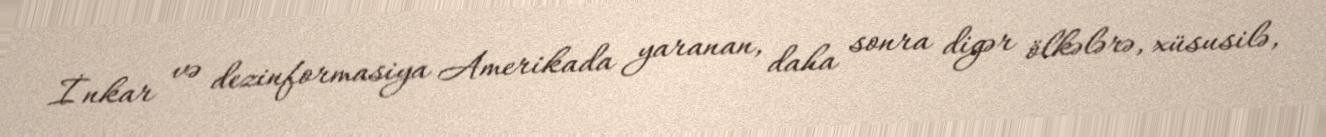
İnkar və dezinformasiya Amerikada yaranan, daha sonra digər ölkələrə, xüsusilə,